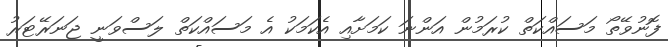
ފޮނުވޭތޯ މަސައްކަތް ކުރަމުން އަންނަ ކަމަށާއި އެކަމަކު އެ މަސައްކަތް ލަސްވަނީ ޖަނަރޭޓަރު